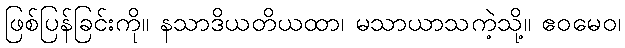
ဖြစ်ပြန်ခြင်းကို။ နသာဒိယတိယထာ၊ မသာယာသကဲ့သို့။ ဧဝမေဝ၊